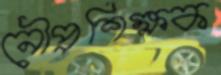
নৌপ্রশিক্ষক